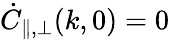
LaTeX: \dot{C}_{\parallel,\perp}(k,0)=0